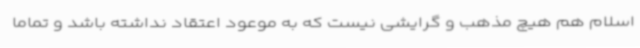
اسلام هم هیچ مذهب و گرایشی نیست که به موعود اعتقاد نداشته باشد و تماما